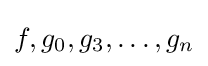
f,g_{0},g_{3},\ldots ,g_{n}